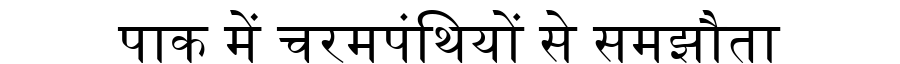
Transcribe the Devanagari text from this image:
पाक में चरमपंथियों से समझौता